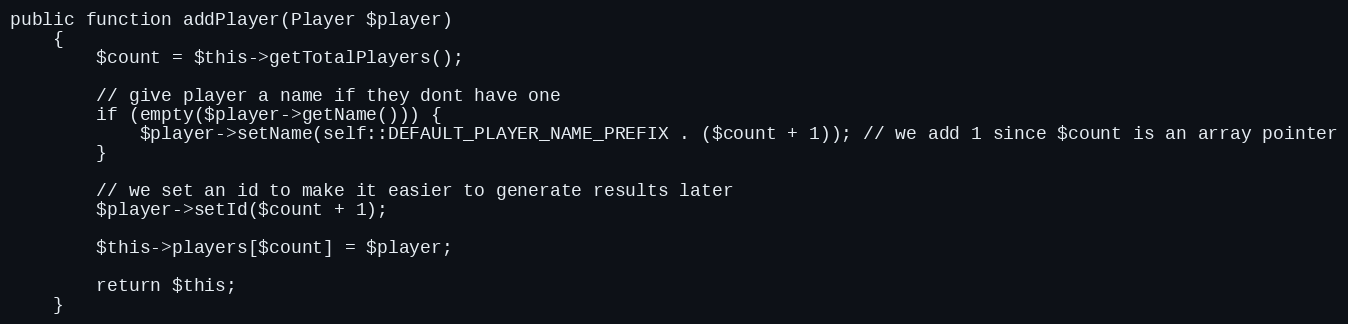
Language: PHP
public function addPlayer(Player $player)
    {
        $count = $this->getTotalPlayers();

        // give player a name if they dont have one
        if (empty($player->getName())) {
            $player->setName(self::DEFAULT_PLAYER_NAME_PREFIX . ($count + 1)); // we add 1 since $count is an array pointer
        }

        // we set an id to make it easier to generate results later
        $player->setId($count + 1);

        $this->players[$count] = $player;

        return $this;
    }